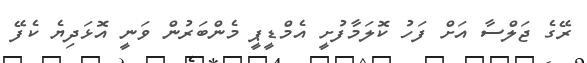
ރޭގެ ޖަލްސާ އަށް ފަހު ކޮލަމާފުށީ އެމްޑީޕީ މެންބަރުން ވަނީ އޮޅަދިޔެ ކެފޭ